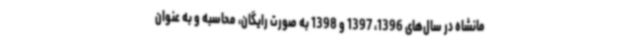
مانشاه در سال‌های 1396، 1397 و 1398 به صورت رایگان، محاسبه و به عنوان